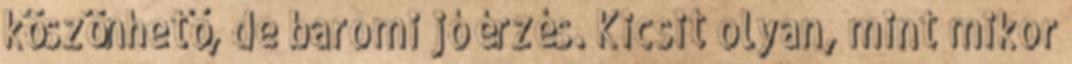
köszönhető, de baromi jó érzés. Kicsit olyan, mint mikor